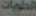
الحلويات